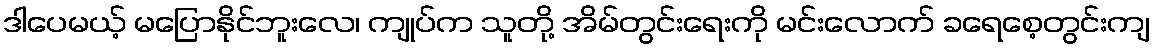
ဒါပေမယ့် မပြောနိုင်ဘူးလေ၊ ကျုပ်က သူတို့ အိမ်တွင်းရေးကို မင်းလောက် ခရေစေ့တွင်းကျ